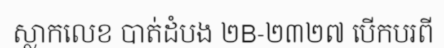
ស្លាកលេខ បាត់ដំបង ២B-២៣២៧ បើកបរពី